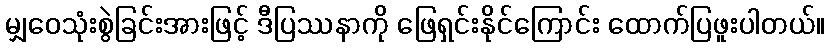
မျှဝေသုံးစွဲခြင်းအားဖြင့် ဒီပြဿနာကို ဖြေရှင်းနိုင်ကြောင်း ထောက်ပြဖူးပါတယ်။